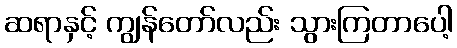
ဆရာနှင့် ကျွန်တော်လည်း သွားကြတာပေါ့